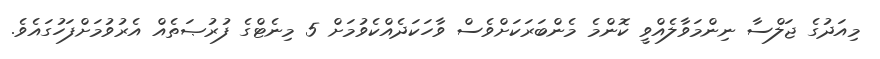
މިއަދުގެ ޖަލްސާ ނިންމަވާލެއްވީ ކޮންމެ މެންބަރަކަށްވެސް ވާހަކަދެއްކެވުމަށް 5 މިނެޓްގެ ފުރުޞަތެއް އެރުވުމަށްފަހުގައެވެ.